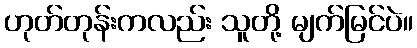
ဟုတ်တုန်းကလည်း သူတို့ မျက်မြင်ပဲ။